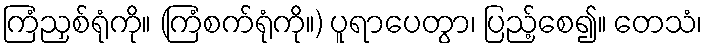
ကြံညှစ်ရုံကို။ (ကြံစက်ရုံကို။) ပူရာပေတွာ၊ ပြည့်စေ၍။ တေသံ၊